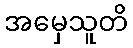
အမှေသူတိ